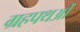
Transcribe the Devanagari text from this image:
ग्रहपथओं